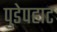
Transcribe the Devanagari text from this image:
पुडेपहाट